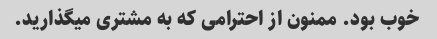
خوب بود. ممنون از احترامی که به مشتری میگذارید.